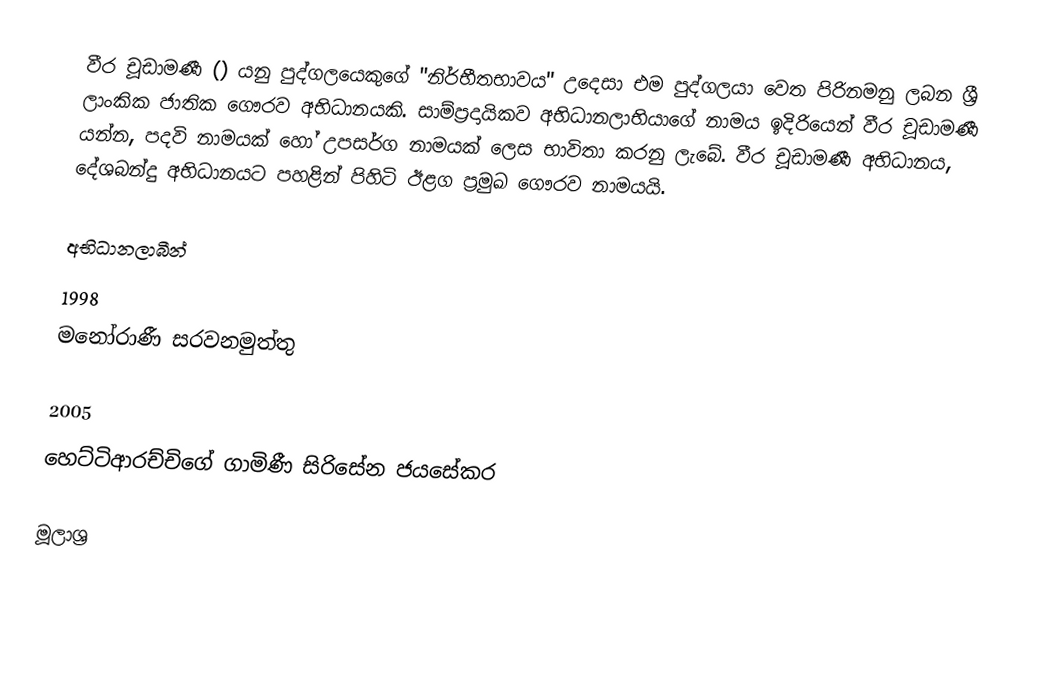
වීර චූඩාමණී () යනු පුද්ගලයෙකුගේ "නිර්භීතභාවය" උදෙසා එම පුද්ගලයා වෙත පිරිනමනු ලබන ශ්‍රී ලාංකික ජාතික ගෞරව අභිධානයකි.  සාම්ප්‍රදායිකව අභිධානලාභියාගේ නාමය ඉදිරියෙන් වීර චූඩාමණී යන්න, පදවි නාමයක් හෝ උපසර්ග නාමයක් ලෙස භාවිතා කරනු ලැබේ. වීර චූඩාමණී අභිධානය, දේශබන්දු අභිධානයට පහළින් පිහිටි ඊළග ප්‍රමුඛ ගෞරව නාමයයි.

අභිධානලාබීන්
1998
 මනෝරාණී සරවනමුත්තු

2005
 හෙට්ටිආරච්චිගේ ගාමිණී සිරිසේන ජයසේකර

මූලාශ්‍ර